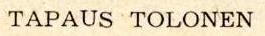
TAPAUS TOLONEN